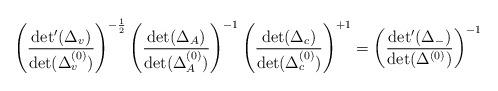
LaTeX: \begin{align*}\left(\frac{{\rm det'}(\Delta_{v})}{{\rm det}(\Delta^{(0)}_{v})}\right)^{-\frac{1}{2}}\left(\frac{{\rm det}(\Delta_{A})}{{\rm det}(\Delta^{(0)}_{A})}\right)^{-1}\left(\frac{{\rm det}(\Delta_{c})}{{\rm det}(\Delta^{(0)}_{c})}\right)^{+1} = \left(\frac{{\rm det'}(\Delta_{-})}{{\rm det}(\Delta^{(0)})}\right)^{-1}\end{align*}